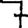
Digit: 7